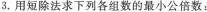
3.用短除法求下列各组数的最小公倍数：